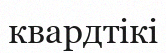
квардтікі